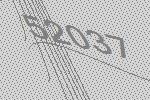
52037